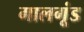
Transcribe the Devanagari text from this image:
गालगूंड